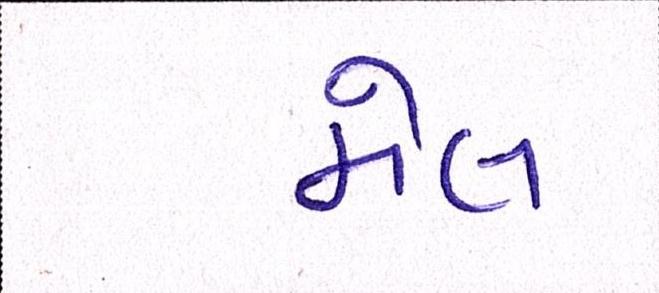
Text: મેલ